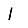
Digit: 1